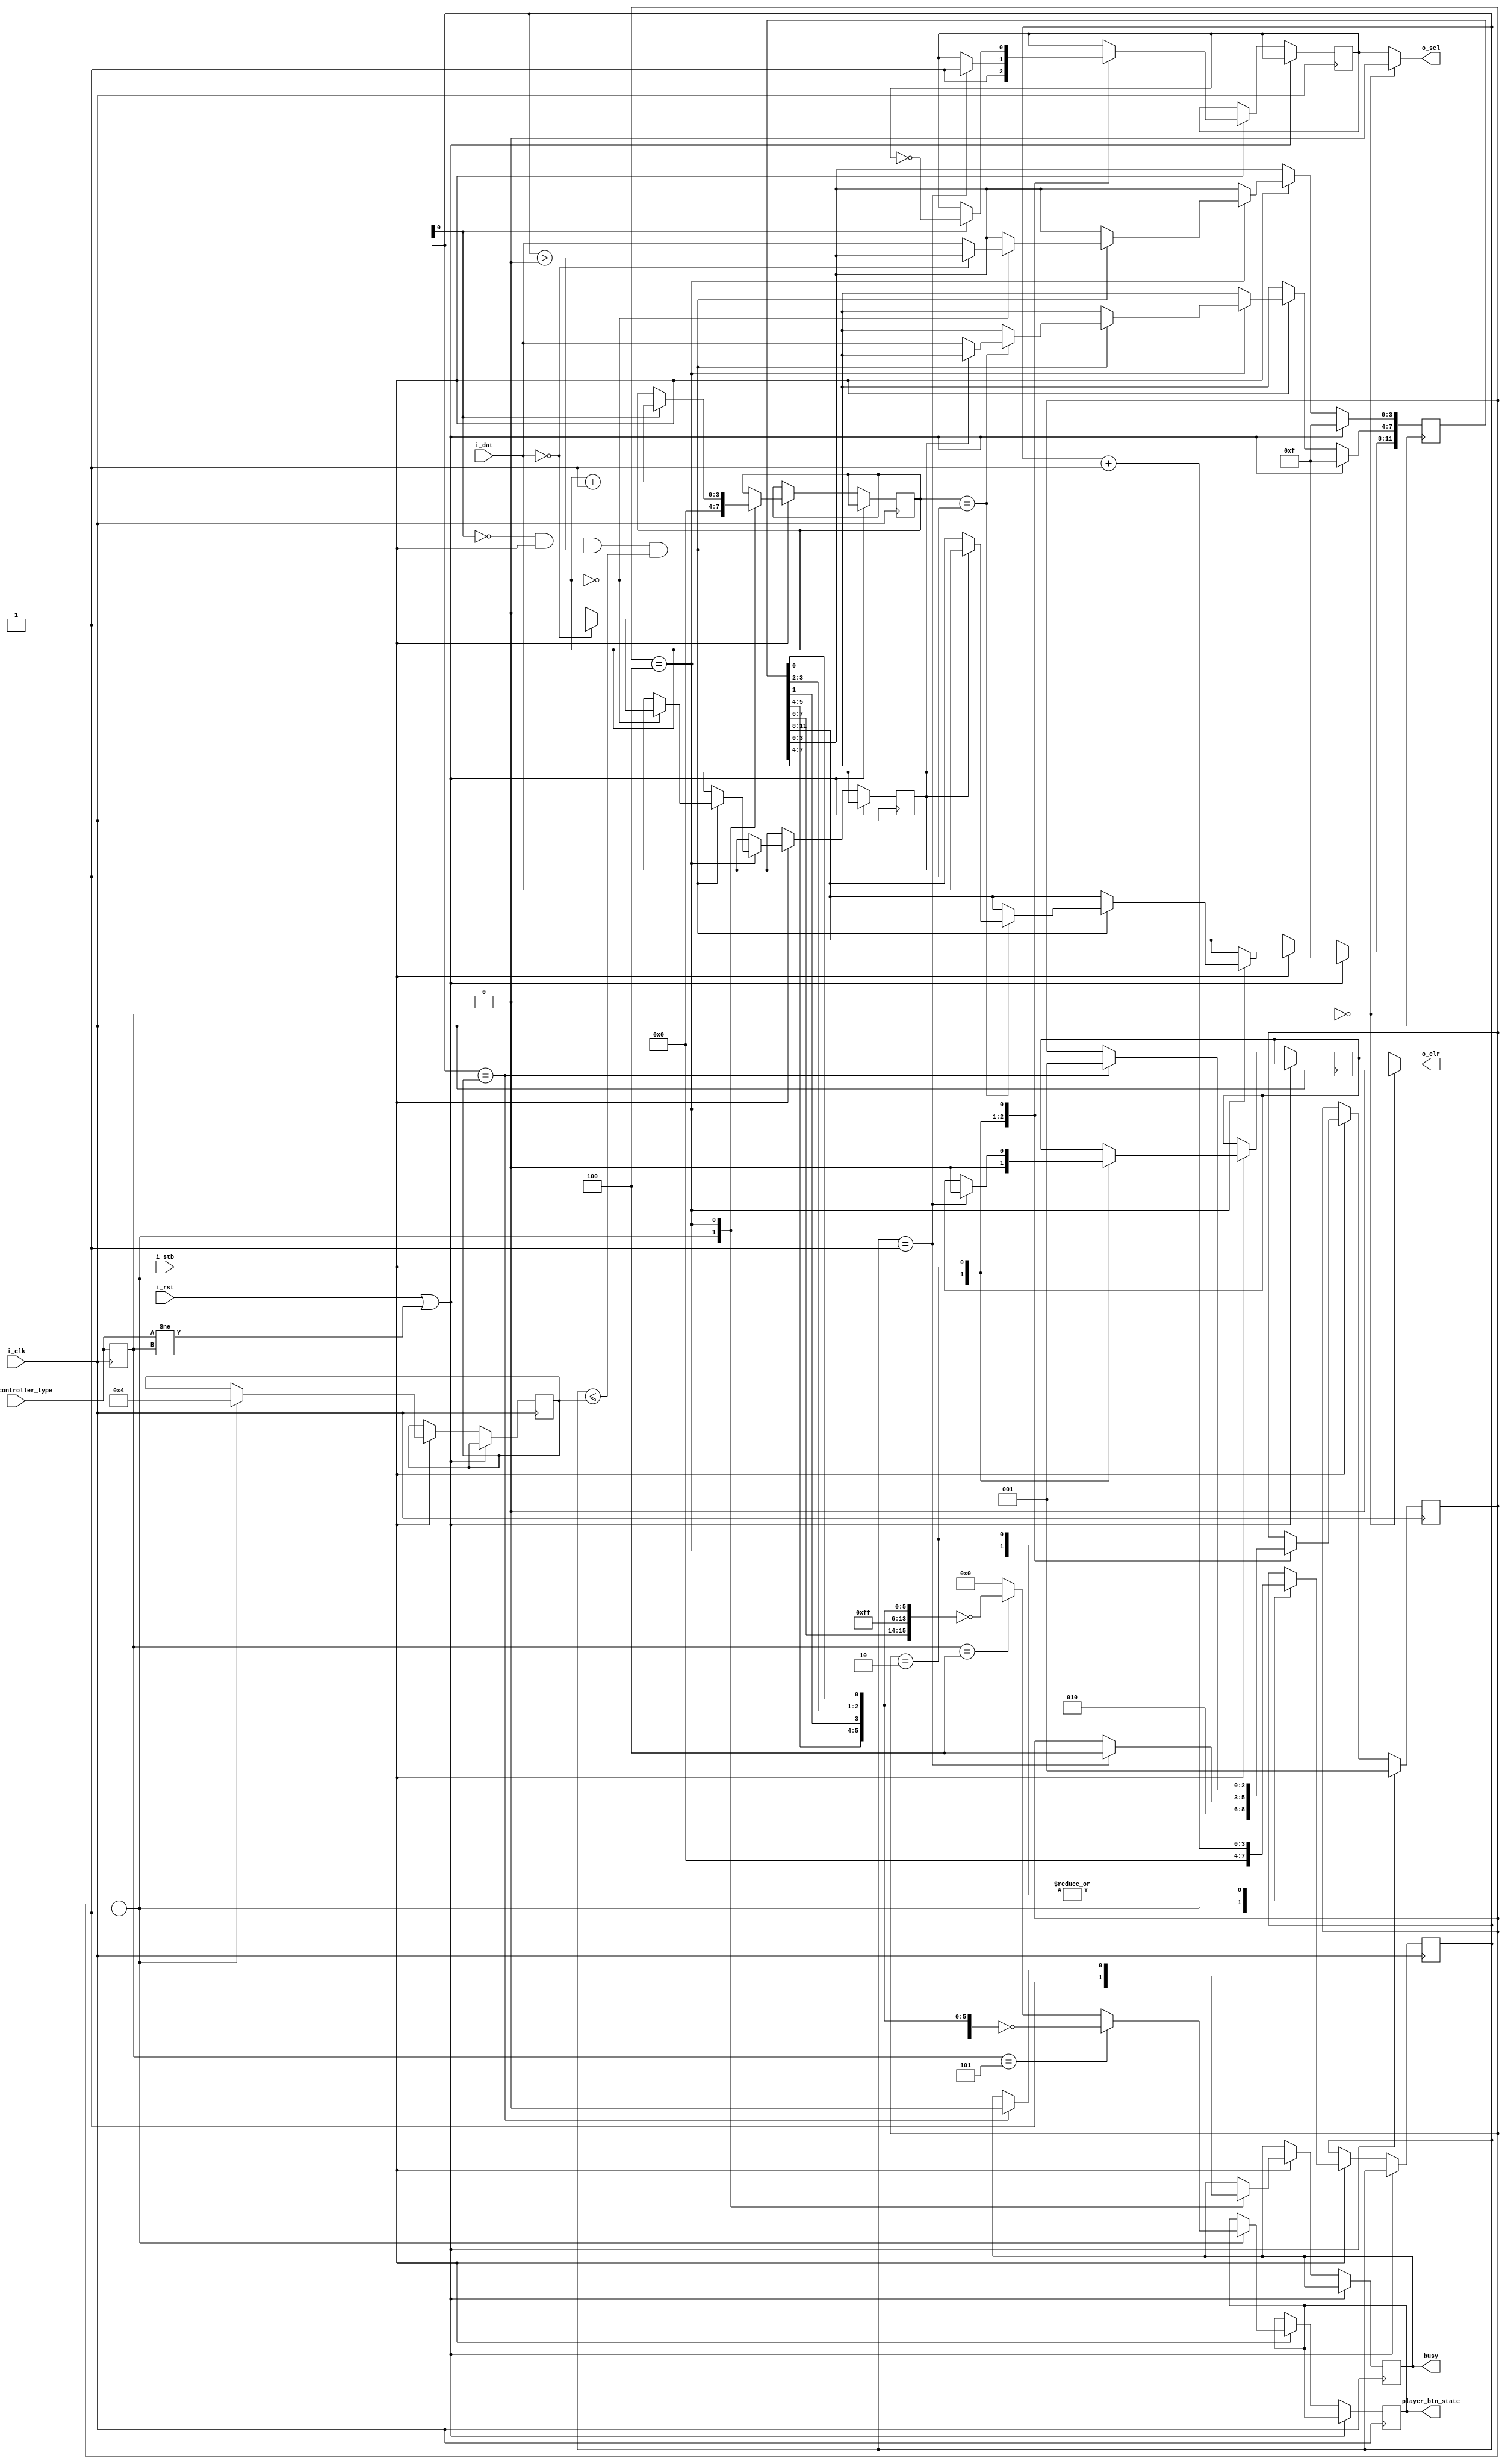
//pcengine_gamecontroller.v
//***********************************************************************
//* Analogizer PCEngine SNAC openFPGA interface for the Analogue Pocket *
//***********************************************************************
// By @RndMnkIII. 
// Release: 1.0

// Aqu he documentado el funcionamiento de los diferentes mandos de juegos a los que he ido dando soporte, basado en las capturas de datos
// realizadas con analizador lgico + generador de patrones:
//
// ************
// * PCEngine * Tested up 100KHz clr to clr (500KHz step)
// ************
//        <--------- 2BTN -------->
//        <----------------- 6BTN ---------------->
// STB    | 0 | 1 | 2 | 3 | 4 | 5 | 6 | 7 | 8 | 9 |
//        .........
// CLR    :       :_______________________________
//         _______________         _______    
// SEL    /               \_______/       \_______
//        ________ _______ _______ _______ _______
// DATA      1    \ LDRU  X  RS21 X   0   X 6543  
//                    ^       ^       ^       ^
// SAMPLE             |       |       |       |
//                    1       2       3       4

// NEED TO CHECK THIS -+
//                     |
//                     V
//
//        <--------- 2BTN ------->
//        <----------------- 6BTN ------------------------>
// STB    | 0 | 1 | 2 | 3 | 4 | 5 | 6 | 7 | 8 | 9 |10 |11 |
//        | SCAN1                 | SCAN2                 |
//         ___                     ___                        
// CLR    |   |___________________|   |___________________
//         ___________             ___________    
// SEL    /           \___________/           \___________
//             _________ _________     _________ _________
// DATA   ____/ LDRU    X  RS21   \___/   0     X 6543  
//        ^       ^       ^       ^       ^       ^       
// SAMPLE         |       |               |       |
//                1       2               3       4
`default_nettype none

module pcengine_game_controller #(parameter MASTER_CLK_FREQ=50_000_000, parameter PULSE_CLR_LINE=1'b0)
(
    input wire i_clk,
	input wire i_rst,
    input wire [3:0] game_controller_type, //0X4 2btn,0X5 6btn
	input wire i_stb,
    output reg [15:0] player_btn_state,
    output reg busy,

    //SNAC Game controller interface
    output wire o_clr,
    output wire o_sel,
    input wire [3:0] i_dat //data from controller
);


    //FSM states
    parameter IDLE  = 3'b001;
    parameter CLR   = 3'b010;
    parameter DATA  = 3'b100;

    //store module settings
    reg [3:0] game_controller_type_r;

    wire pulse_clr = PULSE_CLR_LINE;

    reg [2:0] state /* synthesis preserve */;

    reg [3:0] counter;
    reg [3:0] scan_number;
    reg [3:0] counter_top_value;
    reg clr_internal;
    reg sel_internal;
    reg [11:0] pb_r;


    wire latch_level,disable_clock_on_latch;
    wire sample_data;

    reg btn6;

    //always sample data at falling edge of o_clk starting and second clock pulse in latch phase.
    assign sample_data = ~counter[0] && i_stb && (counter > 0) && (counter <= counter_top_value);

    always @(posedge i_clk) begin
        game_controller_type_r <= game_controller_type;

        //detect any change on gamepad configuration and restart FSM at IDLE state.
        if(i_rst || (game_controller_type != game_controller_type_r)) begin
            state <= IDLE;
            pb_r <= 12'hfff;
        end
        else begin
            if(i_stb) begin
                case(state)
                IDLE:
                    begin
                        //fetch data from last read

                        //button order from first to last
                        //0   1     2    3    4   5   6      7   8   9  10  11 
                        //UP  RIGHT DOWN LEFT I   II  SELECT RUN III IV  V  VI
                        //follow Pocket game controls order:                                    D           C           B           A           E           F

                        
                        if(game_controller_type_r == 4'h5) begin
                            //6btn mapping
                            //                    START    SELECT   R3 L3 R2 L2 R1        L1        Y        X        B        A        RIGH     LEFT     DOWN     UP 
                            player_btn_state <= ~{pb_r[7], pb_r[6], 4'b1111,    pb_r[11], pb_r[10], pb_r[9], pb_r[8], pb_r[5], pb_r[4], pb_r[1], pb_r[3], pb_r[2], pb_r[0]};
                        end
                        else if (game_controller_type_r == 4'h4) begin
                            //2btn mapping RUN+A = X, RUN+B = Y not implemented
                            //                    START    SELECT   R3 L3 R2 L2 R1 L1 Y     X     B        A        RIGH     LEFT     DOWN     UP 
                            player_btn_state <= ~{pb_r[7], pb_r[6], 6'b111111,        1'b1, 1'b1, pb_r[5], pb_r[4], pb_r[1], pb_r[3], pb_r[2], pb_r[0]};
                        end
                        else begin
                            player_btn_state <= 16'h0;
                        end
                        counter <= 0;
                        scan_number <= 0;
                        
                        // if     (game_controller_type_r == 5'd4) counter_top_value <= 4'd4;
                        // else if(game_controller_type_r == 5'd5) counter_top_value <= 4'd8;
                        counter_top_value <= 4'd4;
                        sel_internal <= 1'b1;
                        clr_internal <= pulse_clr;
                        busy <= 1'b1;
                        //if (~btn6) pb_r <= 12'hfff;
                        state <= CLR;
                    end
                CLR:
                    begin
                        counter <= counter + 1;
                        if (counter == 1) begin
                            state <= DATA;
                            sel_internal <= 1'b1;
                            clr_internal <= 1'b0;
                        end
                    end
                DATA:
                    begin
                        counter <= counter + 1; //should be start clocking at 3
                        //following data samples are get in DATA phase.
                        if(counter[0]) begin
                            sel_internal <= ~sel_internal;
                            scan_number <= scan_number + 1;
                        end

                        if(sample_data) begin//read button state
                            case(scan_number)
                                0:  begin 
                                        if(i_dat == 4'b0000) begin
                                            btn6 <= 1'b1; 
                                            //pb_r[3:0]  <= pb_r[3:0]; 
                                        end 
                                        else begin 
                                            btn6 <= 1'b0; 
                                            pb_r[3:0]  <= i_dat; 
                                        end
                                    end
                                1:  begin
                                        if(btn6) begin
                                            pb_r[11:8] <= i_dat;
                                        end
                                        else begin
                                            pb_r[7:4]  <= i_dat;
                                        end
                                        //btn6 <= 1'b0; 
                                    end
                                // 3:       pb_r[11:8] <= i_dat;
                                default: pb_r       <= pb_r;
                            endcase
                        end

                        //the gamepads buton state are fetched at the end of DATA phase
                        if(counter == counter_top_value) begin
                            state <= IDLE;
                            busy <= 1'b0;
                        end  
                    end        
                endcase       
            end    
        end
    end

    assign o_clr = (game_controller_type_r == 4'd0) ? 1'b0 : clr_internal;
    assign o_sel = (game_controller_type_r == 4'd0) ? 1'b0 : sel_internal;
endmodule